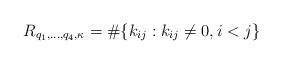
LaTeX: \begin{align*}R_{q_1,\ldots,q_4,\kappa}=\#\{k_{ij}: k_{ij}\neq 0, i<j \}\end{align*}